Indian journal of veterinary science and animal husbandry - Volume 6,
Year: 1936
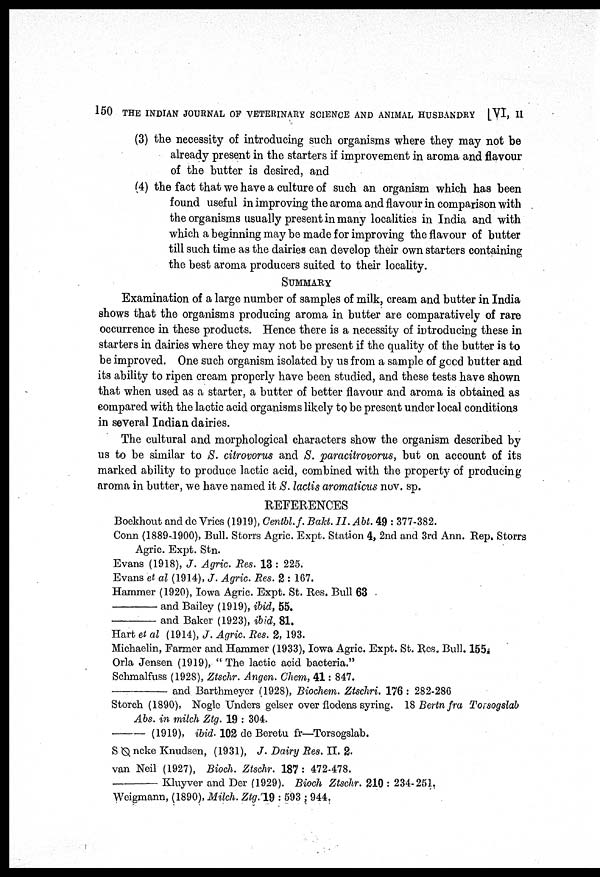
150 THE INDIAN JOURNAL OF VETERINARY SCIENCE AND ANIMAL HUSBANDRY [VI, II
(3) the necessity of introducing such organisms where they may not be
already present in the starters if improvement in aroma and flavour
of the butter is desired, and
(4) the fact that we have a culture of such an organism which has been
found useful in improving the aroma and flavour in comparison with
the organisms usually present in many localities in India and with
which a beginning may be made for improving the flavour of butter
till such time as the dairies can develop their own starters containing
the best aroma producers suited to their locality.
SUMMARY
Examination of a large number of samples of milk, cream and butter in India
shows that the organisms producing aroma in butter are comparatively of rare
occurrence in these products. Hence there is a necessity of introducing these in
starters in dairies where they may not be present if the quality of the butter is to
be improved. One such organism isolated by us from a sample of good butter and
its ability to ripen cream properly have been studied, and these tests have shown
that when used as a starter, a butter of better flavour and aroma is obtained as
compared with the lactic acid organisms likely to be present under local conditions
in several Indian dairies.
The cultural and morphological characters show the organism described by
us to be similar to S. citrovorus and S. paracitrovorus, but on account of its
marked ability to produce lactic acid, combined with the property of producing
aroma in butter, we have named it S. lactis aromaticus nov. sp.
REFERENCES
Boekhout and de Vries (1919), Centbl.f. Bakt. II. Abt. 49 : 377-382.
Conn (1889-1900), Bull. Storrs Agric. Expt. Station 4, 2nd and 3rd Ann. Rep. Storrs
Agric. Expt. Stn.
Evans (1918), J. Agric. Res. 13 : 225.
Evans et al (1914), J. Agric. Res. 2 : 167.
Hammer (1920), Iowa Agric. Expt. St. Res. Bull 63
—and
Bailey (1919), ibid, 55.
—and
Baker (1923), ibid, 81.
Hart et al (1914), J. Agric. Res. 2, 193.
Michaelin, Farmer and Hammer (1933), Iowa Agric. Expt. St. Res. Bull. 155.
Orla Jensen (1919), " The lactic acid bacteria."
Schmalfuss (1928), Ztschr. Angen. Chem, 41: 847.
—
and Barthmeyer (1928), Biochem. Ztschri. 176: 282-286
Storch (1890), Nogle Unders gelser over flodens syring. 18 Bertn fra Torsogslab
Abs. in milch Ztg. 19 : 304.
—(1919),
ibid. 102 de Beretu fr—Torsogslab.
S Ø ncke Knudsen, (1931), J. Dairy Res. II. 2.
van Neil (1927), Biocli. Ztschr. 187: 472-478.
—Kluyver
and Der (1929). Bioch Ztschr. 210 : 234-251.
Weigmann, (1890), Milch. Ztg. 19 : 593 ; 944.